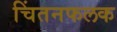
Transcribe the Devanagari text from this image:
चिंतनफलक